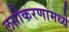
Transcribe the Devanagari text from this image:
लसीकरणामध्ये